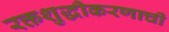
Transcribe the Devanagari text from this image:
रक्तशुद्धीकरणाची